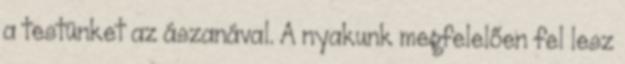
a testünket az ászanával. A nyakunk megfelelően fel lesz